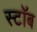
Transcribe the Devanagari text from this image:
स्टॉब